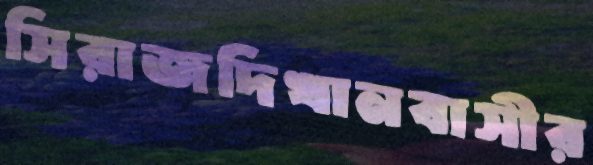
সিরাজদিখানবাসীর